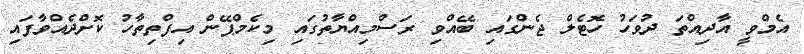
އެމްވީ އާދިއްތަ ދުވަހު ހޮޓެލް ޖެންގައި ބޭއްވި ރަސްމިއްޔާތުގައި މިކެމްޕޭން އިފްތިތާހު ކޮށްދެއްވާފައި